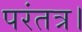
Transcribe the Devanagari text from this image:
परंतत्र।